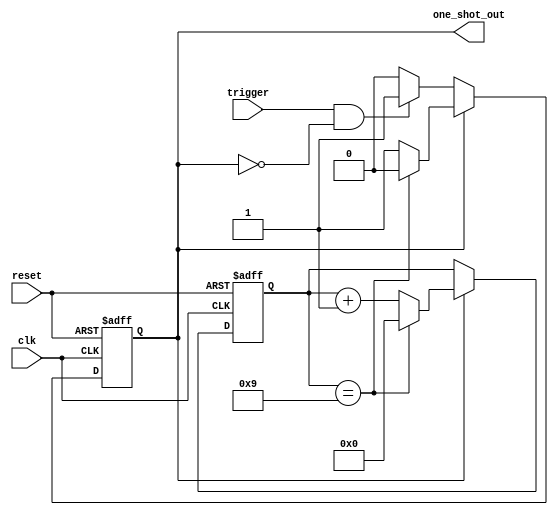
module one_shot_timer (
    input wire clk,
    input wire reset,
    input wire trigger,
    output wire one_shot_out
);

localparam DURATION = 10; // preset duration for the one-shot operation

reg [7:0] counter;
reg sync_trigger;
reg one_shot_active;

always @(posedge clk or posedge reset) begin
    if (reset) begin
        counter <= 0;
        sync_trigger <= 0;
        one_shot_active <= 0;
    end else begin
        if (one_shot_active) begin
            if (counter == DURATION - 1) begin
                one_shot_active <= 0;
                counter <= 0;
            end else begin
                counter <= counter + 1;
            end
        end else if (trigger & ~one_shot_active) begin
            sync_trigger <= trigger;
            one_shot_active <= 1;
        end
    end
end

assign one_shot_out = one_shot_active;

endmodule